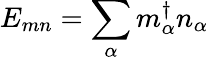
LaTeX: E_{mn}=\sum_{\alpha}m_{\alpha}^{\dagger}n_{\alpha}